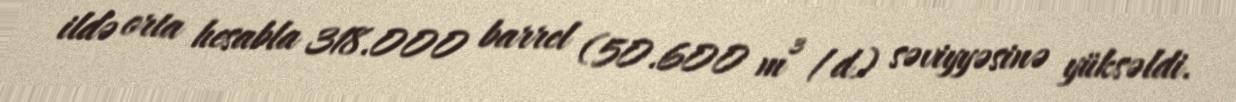
ildə orta hesabla 318.000 barrel (50.600 m³/d) səviyyəsinə yüksəldi.